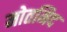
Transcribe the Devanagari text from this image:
मोतमिद